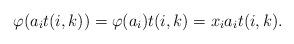
LaTeX: \begin{align*}\varphi(a_i t(i,k))=\varphi(a_i)t(i,k) = x_ia_it(i,k).\end{align*}